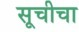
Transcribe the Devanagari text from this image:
सूचीचा